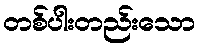
တစ်ပါးတည်းသော